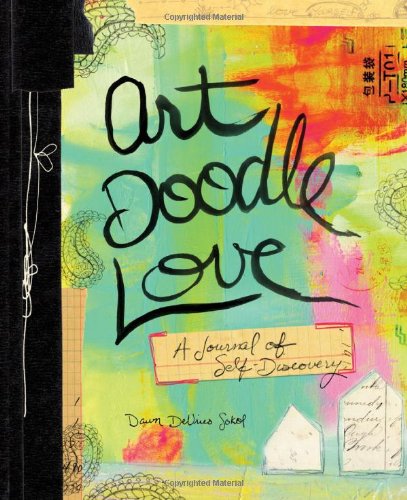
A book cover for Art Doodle Love: A Journal of Self-Discovery; Dawn DeVries Sokol; Crafts, Hobbies & Home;